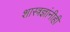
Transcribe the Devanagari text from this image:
शास्त्रज्ञांनीही